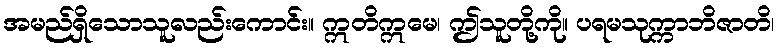
အမည်ရှိသောသူလည်းကောင်း။ ဣတိဣမေ၊ ဤသူတို့ကို။ ပရမသုက္ကာဘိဇာတိ၊